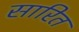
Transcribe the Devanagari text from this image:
सारित